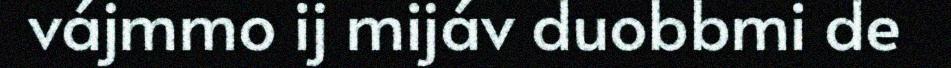
vájmmo ij mijáv duobbmi de